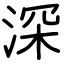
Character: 深